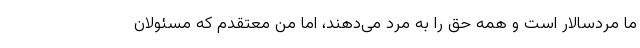
ما مردسالار است و همه حق را به مرد می‌دهند، اما من معتقدم که مسئولان